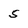
Character: 5